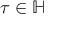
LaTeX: \tau \in \mathbb { H }